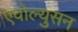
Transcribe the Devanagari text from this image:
एवोल्युसन